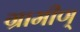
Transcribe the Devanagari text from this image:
ग्रामीण्